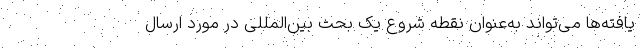
یافته‌ها می‌تواند به‌عنوان نقطه شروع یک بحث بین‌المللی در مورد ارسال